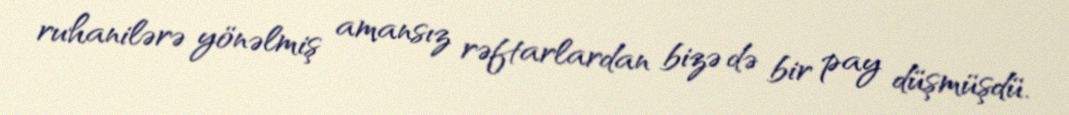
ruhanilərə yönəlmiş amansız rəftarlardan bizə də bir pay düşmüşdü.